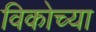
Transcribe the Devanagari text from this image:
विकोच्या